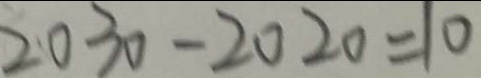
2 0 3 0 - 2 0 2 0 = 1 0